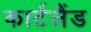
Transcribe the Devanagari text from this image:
कार्टलैंड